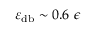
\varepsilon _ { \mathrm { d b } } \sim 0 . 6 ~ \epsilon